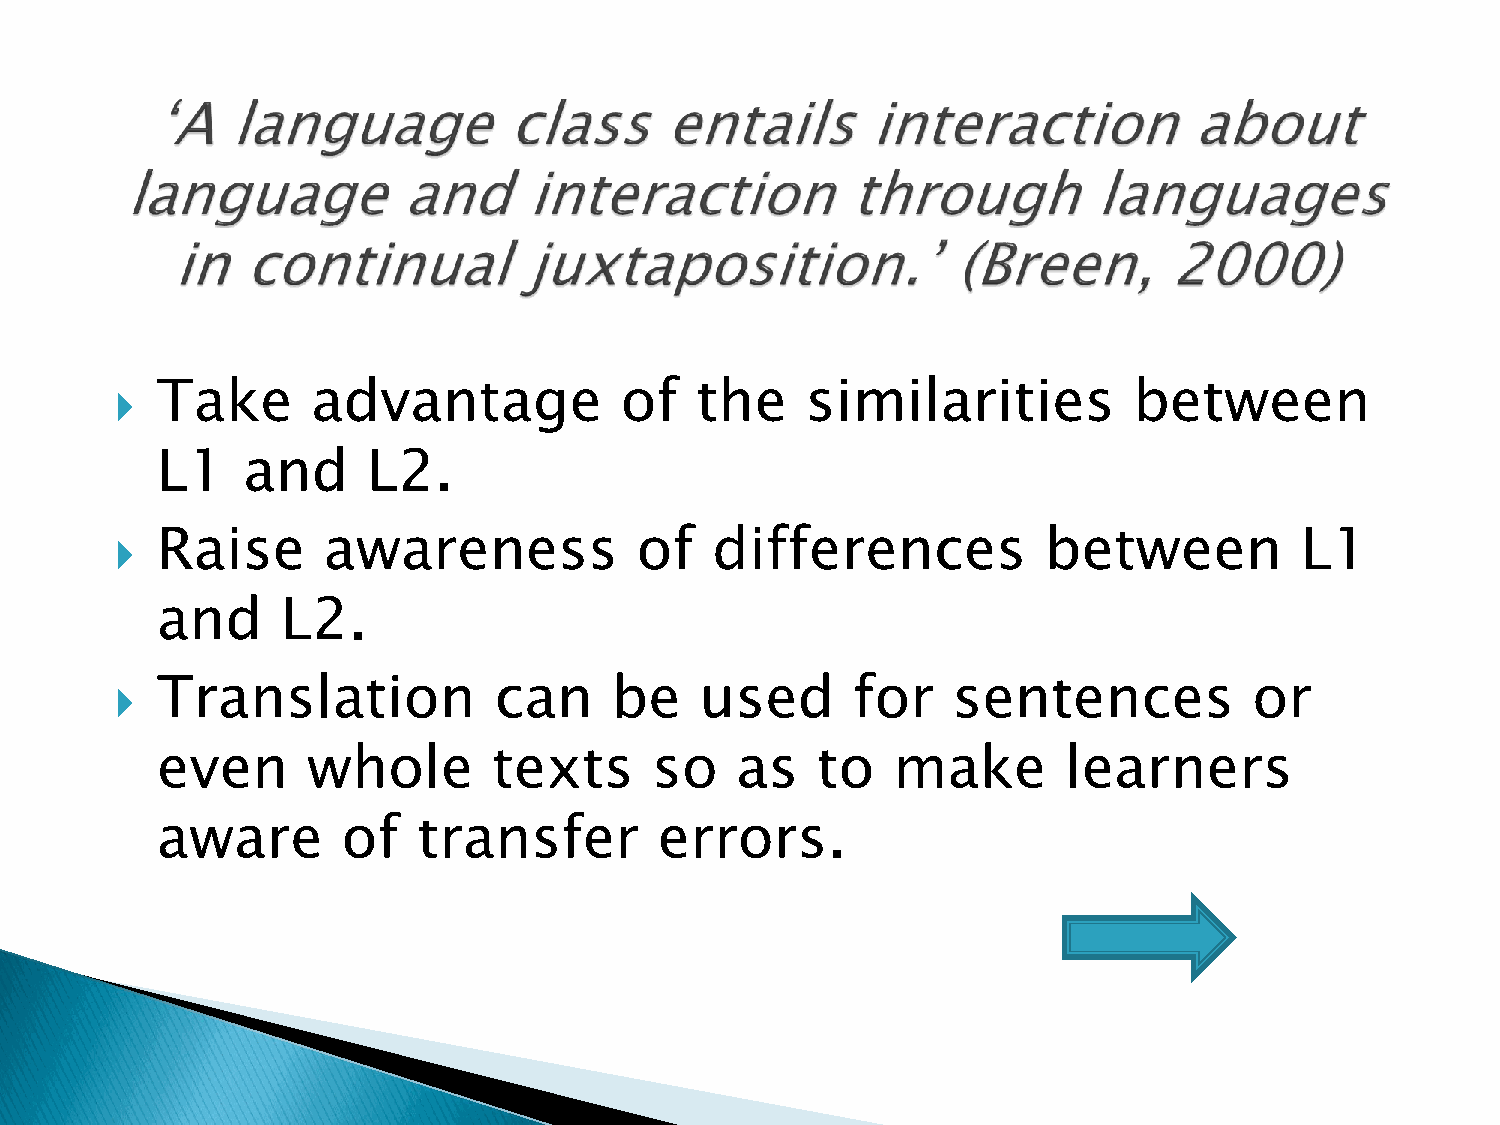
Take       advantage           of   the    similarities          between
 
 L1    and     L2.
 Raise      awareness            of   differences           between          L1
 
 and      L2.
 Translation            can    be    used      for    sentences           or
 
 even      whole        texts     so    as   to   make        learners
 aware        of   transfer        errors.​